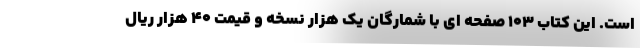
است. این کتاب ۱۰۳ صفحه ای با شمارگان یک هزار نسخه و قیمت ۴۰ هزار ریال